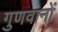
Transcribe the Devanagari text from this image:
गुणवानों